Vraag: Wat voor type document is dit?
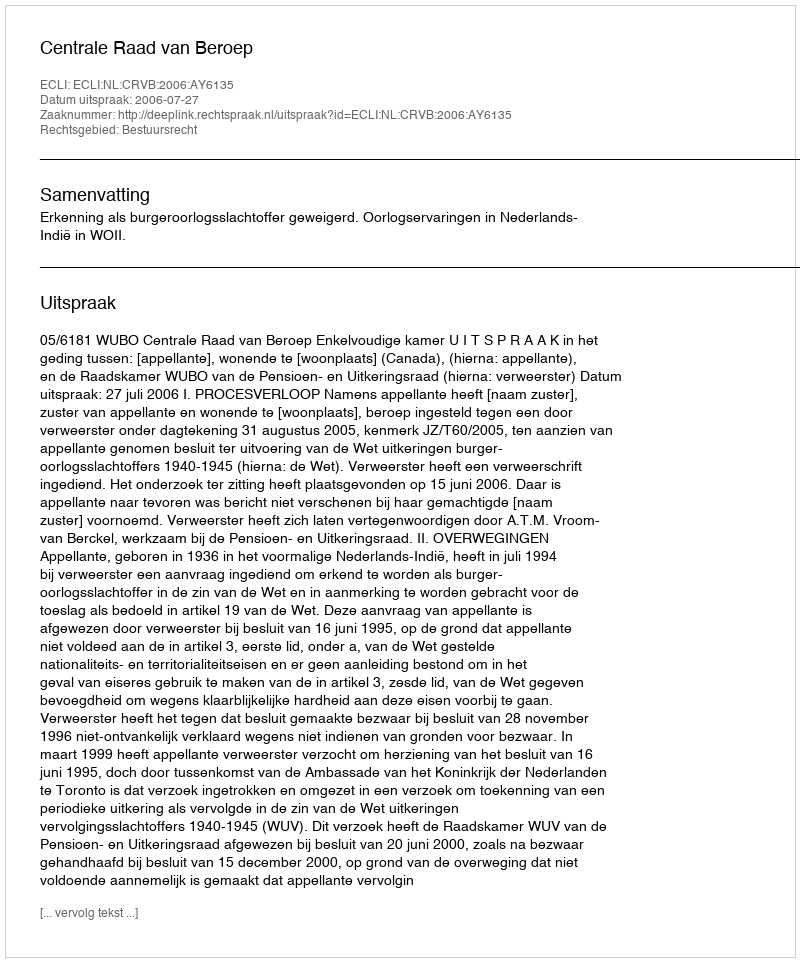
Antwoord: Uitspraak